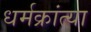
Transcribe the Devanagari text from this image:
धर्मक्रांत्या